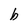
Character: b